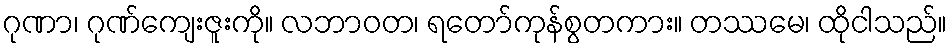
ဂုဏာ၊ ဂုဏ်ကျေးဇူးကို။ လဘာဝတ၊ ရတော်ကုန်စွတကား။ တဿမေ၊ ထိုငါသည်။